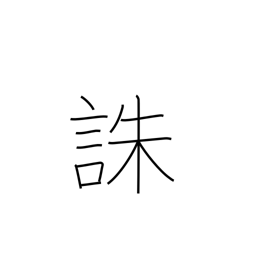
Meaning: death penalty